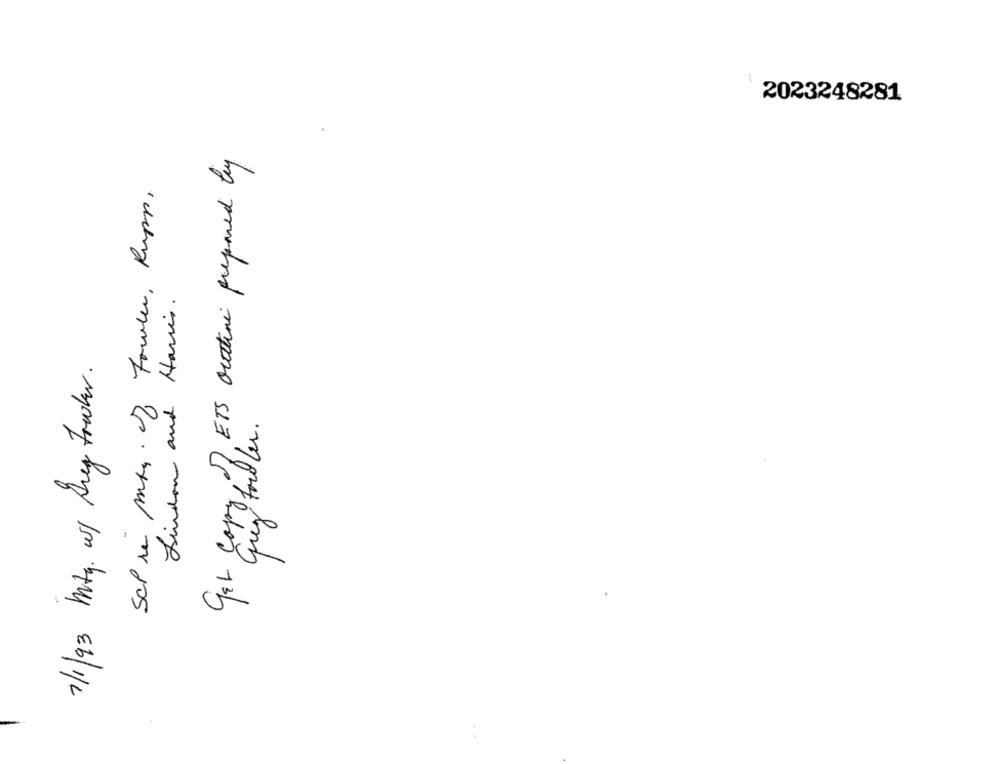
2023248281
JETS outline prepared by
Scp re Mks. of Fowler, Rupp,
Lindon and Harris .
7/1/93 Mity. wy Aney Fowler.
Gar copy fuller.